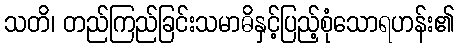
သတိ၊ တည်ကြည်ခြင်းသမာဓိနှင့်ပြည့်စုံသောရဟန်း၏